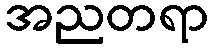
အညတရာ